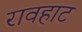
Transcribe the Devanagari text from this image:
रावहाट